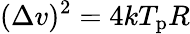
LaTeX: (\Delta v)^{2}=4kT_{\mathrm{p}}R